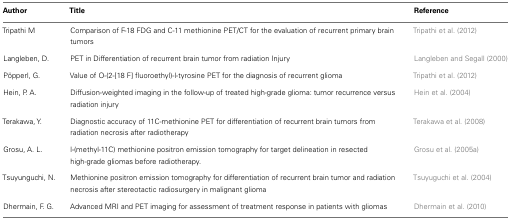
| Author | Title | Reference |
 | --- | --- | --- |
 | Tripathi M | Comparison of F-18 FDG and C-11 methionine PET/CT for the evaluation of recurrent primary brain tumors | Tripathi et al. (2012) |
 | Langleben, D. | PET in Differentiation of recurrent brain tumor from radiation Injury | Langleben and Segall (2000) |
 | Pöpperl, G. | Value of O-(2-[18 F] fluoroethyl)-l-tyrosine PET for the diagnosis of recurrent glioma | Tripathi et al. (2012) |
 | Hein, P. A. | Diffusion-weighted imaging in the follow-up of treated high-grade glioma: tumor recurrence versus radiation injury | Hein et al. (2004) |
 | Terakawa, Y. | Diagnostic accuracy of 11C-methionine PET for differentiation of recurrent brain tumors from radiation necrosis after radiotherapy | Terakawa et al. (2008) |
 | Grosu, A. L. | l-(methyl-11C) methionine positron emission tomography for target delineation in resected high-grade gliomas before radiotherapy. | Grosu et al. (2005a) |
 | Tsuyunguchi, N. | Methionine positron emission tomography for differentiation of recurrent brain tumor and radiation necrosis after stereotactic radiosurgery in malignant glioma | Tsuyuguchi et al. (2004) |
 | Dhermain, F. G. | Advanced MRI and PET imaging for assessment of treatment response in patients with gliomas | Dhermain et al. (2010) |